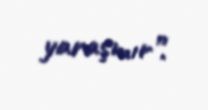
yaraşmır”.